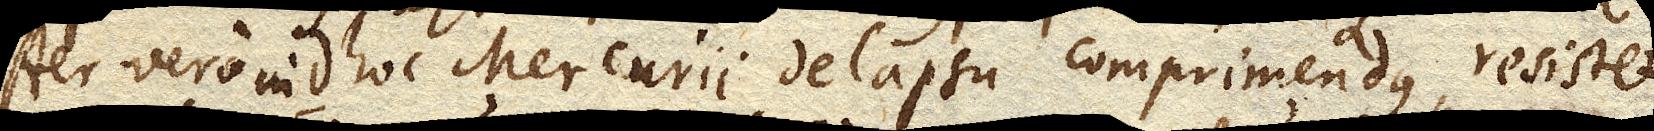
Aer vero in D. hoc Mercurii delapsu comprimendus, resistet